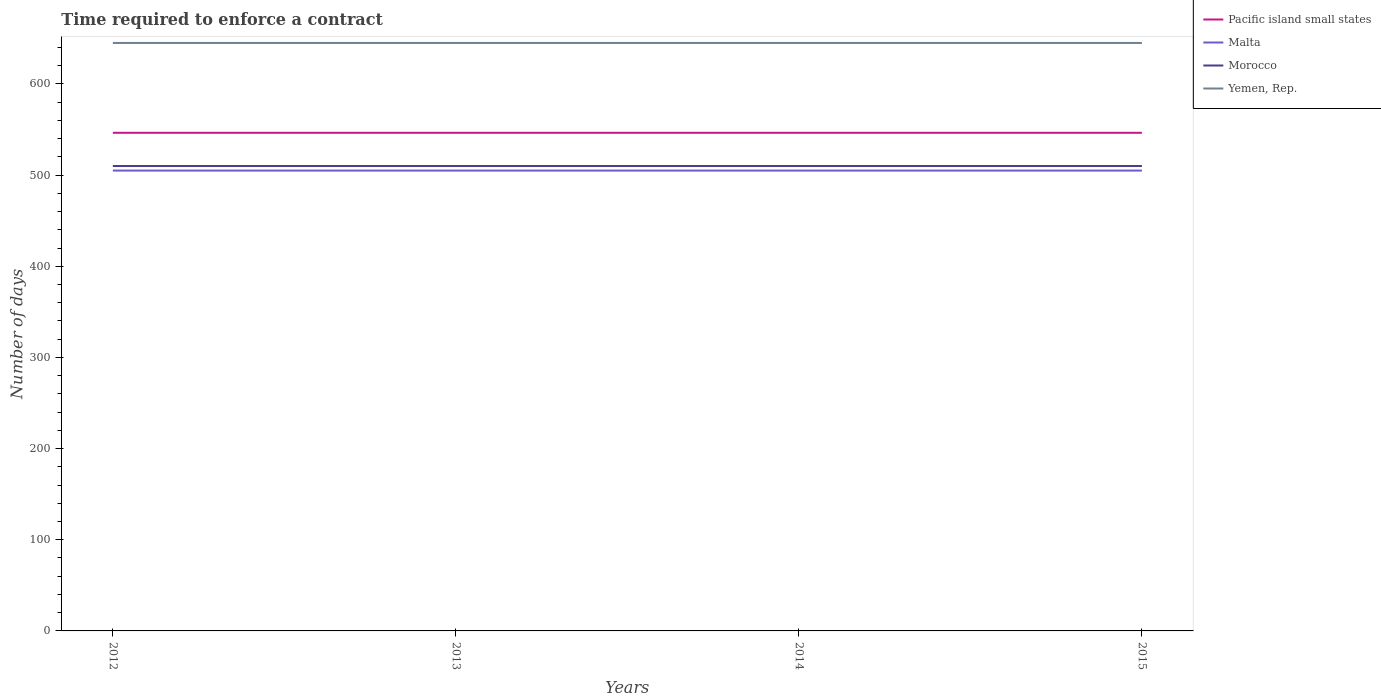
| Years | Pacific island small states | Malta | Morocco | Yemen, Rep. |
 | --- | --- | --- | --- | --- |
 | 2012 | 546 | 505 | 510 | 645 |
 | 2013 | 546 | 505 | 510 | 645 |
 | 2014 | 546 | 505 | 510 | 645 |
 | 2015 | 546 | 505 | 510 | 645 |